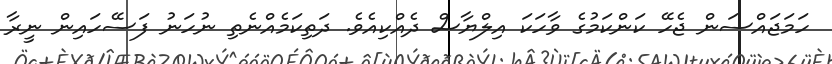
ހަމަޖައްސަން ޖެހޭ ކަންކަމުގެ ވާހަކަ އިލްޔާސް ދެއްކިއެވެ. ދަތިކަމެއްނެތި ނުހަނު ފަސޭހައިން ނީރާ